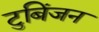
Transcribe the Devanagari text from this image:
टुबिंजन